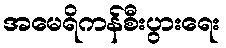
အမေရိကန်စီးပွားရေး